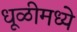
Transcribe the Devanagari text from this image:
धूळीमध्ये